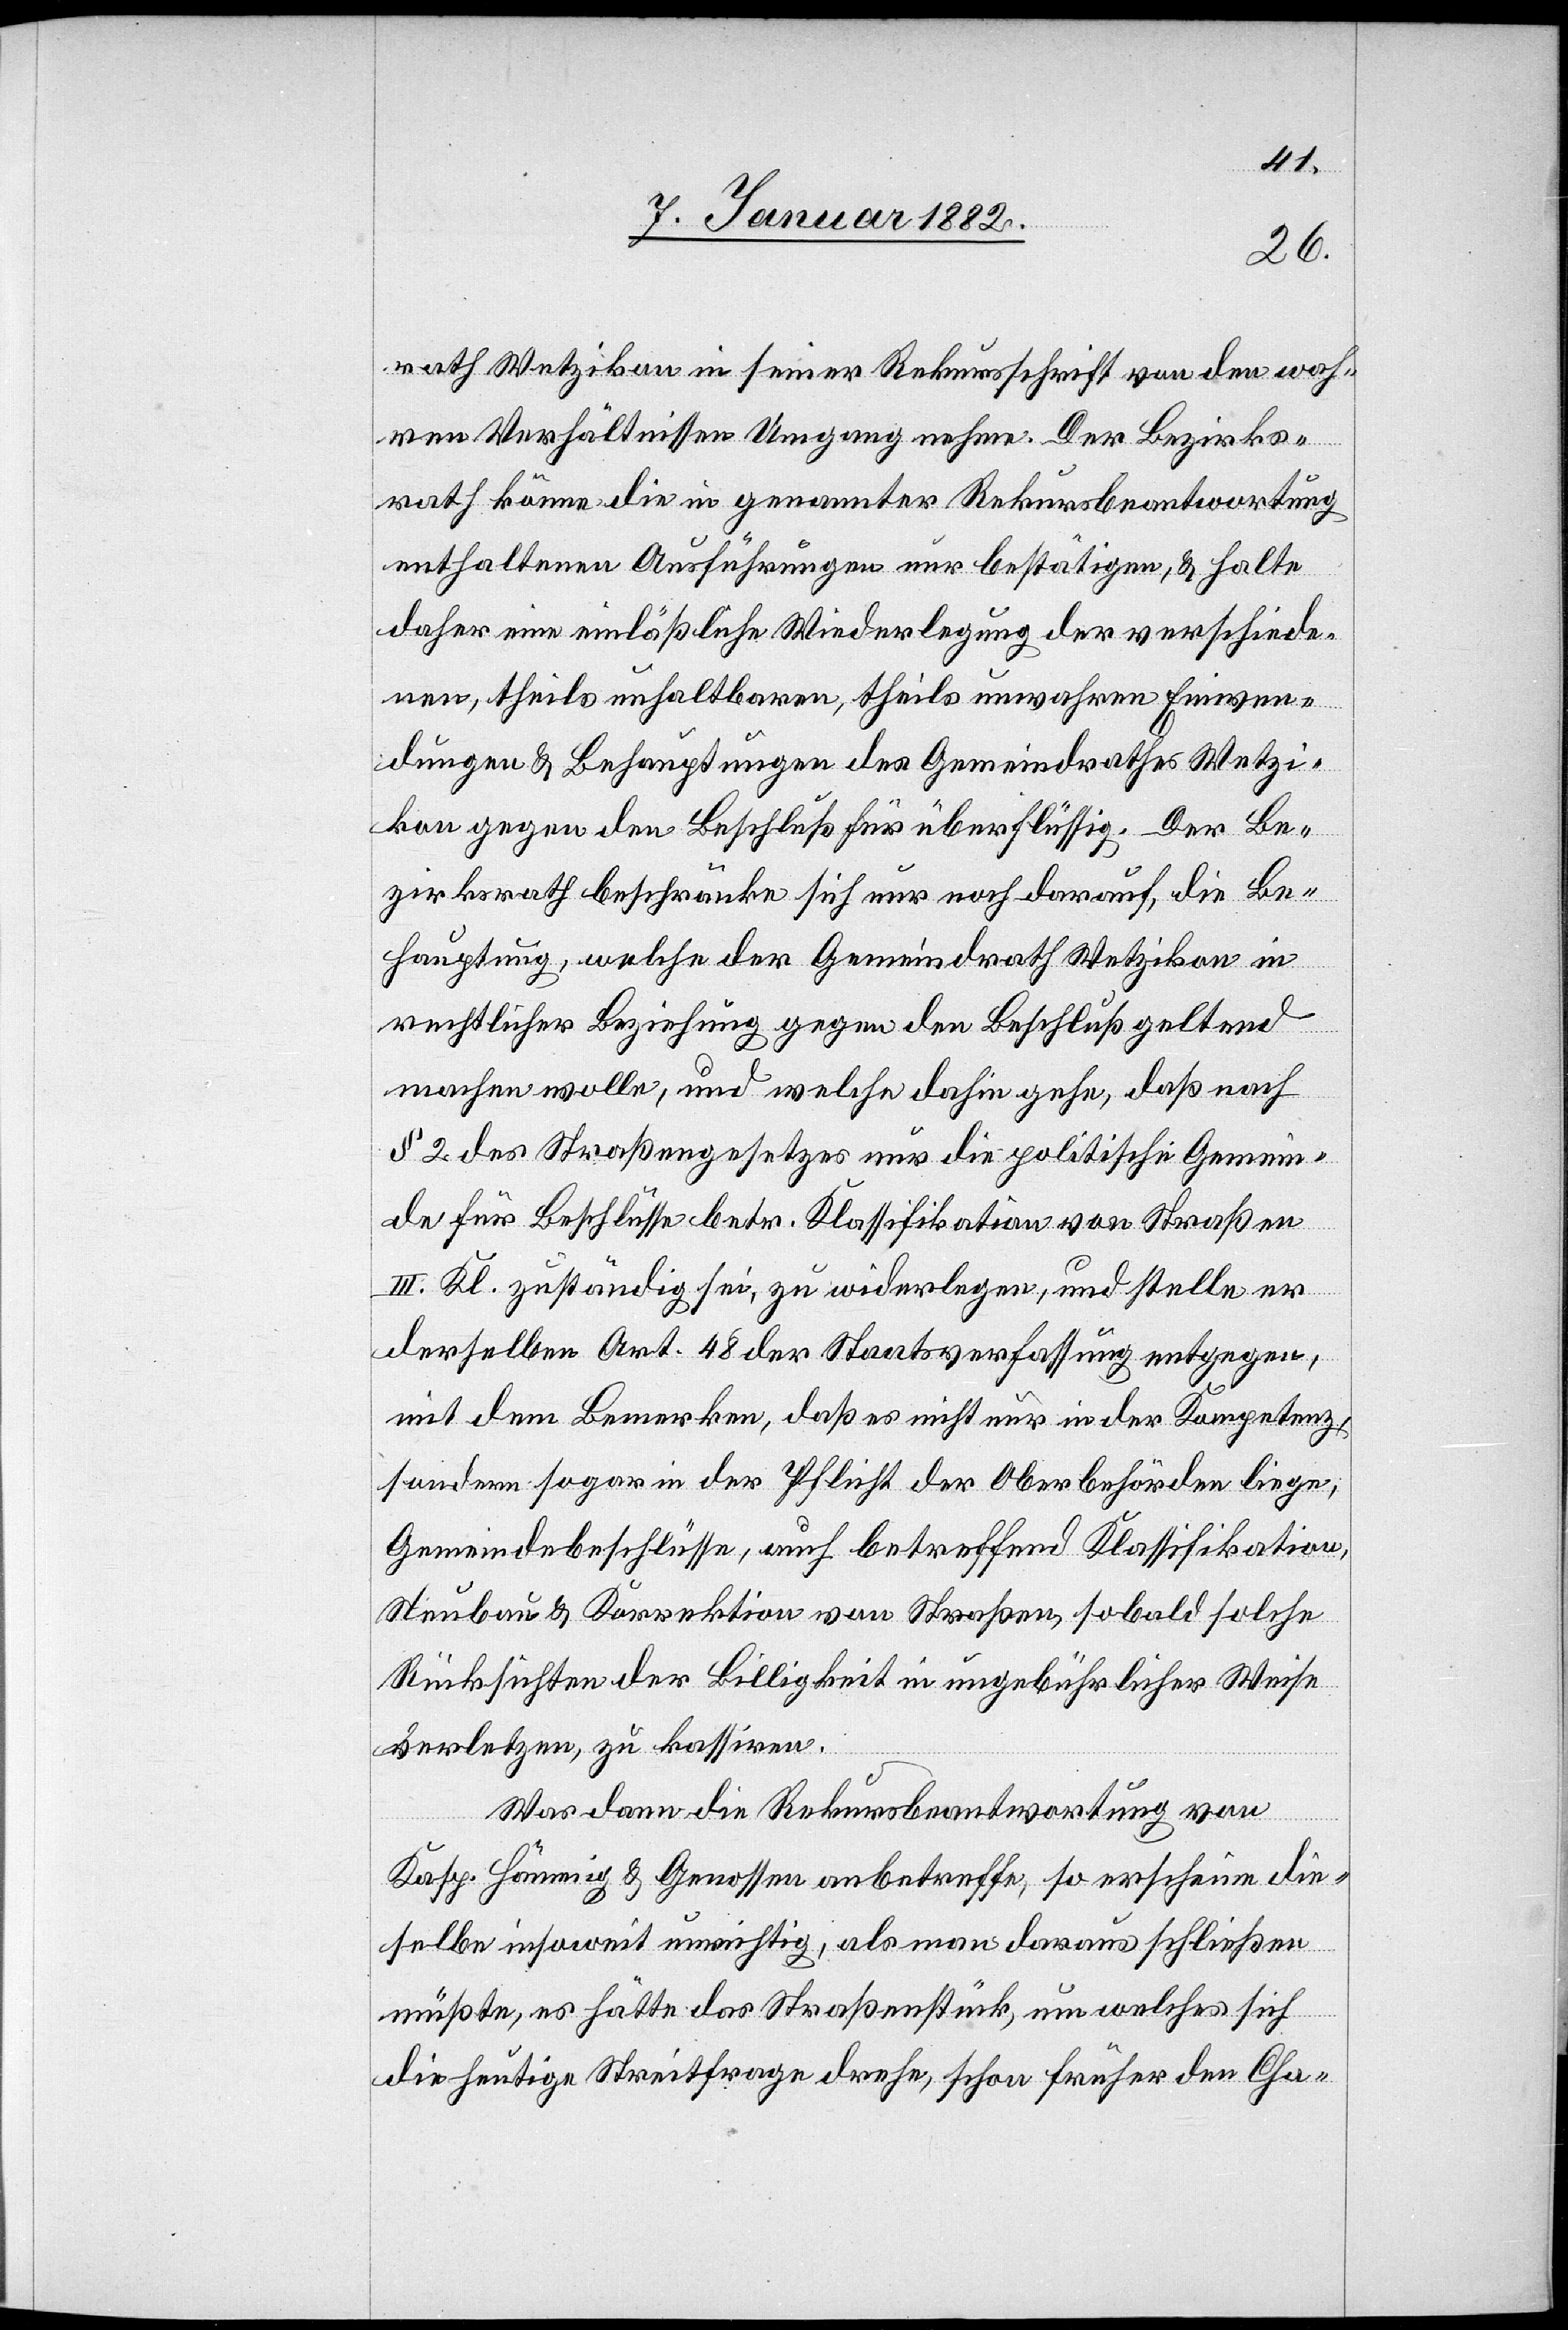
rath Wetzikon in seiner Rekursschrift von den wah¬
ren Verhältnissen Umgang nehme. Der Bezirks¬
rath könne die in genannter Rekursbeantwortung
enthaltenen Ausführungen nur bestätigen, & halte
daher eine einläßliche Wiederlegung der verschiede¬
nen, theils unhaltbaren, theils unwahren Einwen¬
dungen & Behauptungen des Gemeindrathes Wetzi¬
kon gegen den Beschluß für überflüssig. Der Be¬
zirksrath beschränke sich nur noch darauf, die Be¬
hauptung, welche der Gemeindrath Wetzikon in
rechtlicher Beziehung gegen den Beschluß geltend
machen wolle, und welche dahin gehe, daß nach
§ 2 des Straßengesetzes nur die politische Gemein¬
de für Beschlüsse betr. Klassifikation von Straßen
III. Kl. zuständig sei, zu widerlegen, und stelle er
derselben Art. 48 der Staatsverfassung entgegen,
mit dem Bemerken, daß es nicht nur in der Kompetenz,
sondern sogar in der Pflicht der Oberbehörden liege,
Gemeindebeschlüsse, auch betreffend Klassifikation,
Neubau & Korrektion von Straßen, sobald solche
Rücksichten der Billigkeit in ungebührlicher Weise
verletzen, zu kassiren.
Was dann die Rekursbeantwortung von
Kasp. Hämmig & Genossen anbetreffe, so erscheine die¬
selbe insoweit unrichtig, als man daraus schließen
müßte, es hätte das Straßenstück, um welches sich
die heutige Streitfrage drehe, schon früher den Cha-